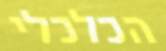
הכלכלי